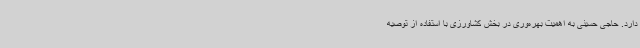
دارد. حاجی حسینی به اهمیت بهره‌وری در بخش کشاورزی با استفاده از توصیه